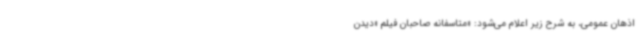
اذهان عمومی، به شرح زیر اعلام می‌شود: «متاسفانه صاحبان فیلم «دیدن